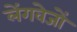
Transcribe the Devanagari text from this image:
लेंगवेजों